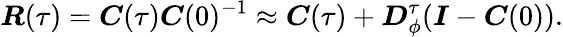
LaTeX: \boldsymbol{R}(\tau)=\boldsymbol{C}(\tau)\boldsymbol{C}(0)^{-1}\approx\boldsymbol{C}(\tau)+\boldsymbol{D}_{\phi}^{\tau}(\boldsymbol{I}-\boldsymbol{C}(0)).